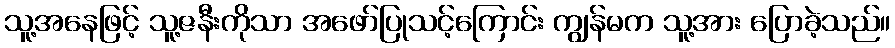
သူ့အနေဖြင့် သူ့ဇနီးကိုသာ အဖော်ပြုသင့်ကြောင်း ကျွန်မက သူ့အား ပြောခဲ့သည်။